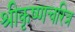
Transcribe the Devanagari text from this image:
श्रीकृष्णचरित्र